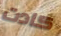
كادت